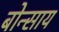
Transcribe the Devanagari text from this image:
बोन्साय